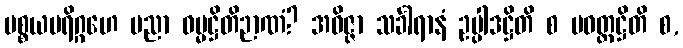
ပစ္စယပရိဂ္ဂဟေ ပညာ ဓမ္မဋ္ဌိတိဉာဏံ? အဝိဇ္ဇာ သင်္ခါရာနံ ဥပ္ပါဒဋ္ဌိတိ စ ပဝတ္တဋ္ဌိတိ စ,